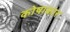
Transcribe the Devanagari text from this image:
कोषाकार